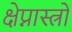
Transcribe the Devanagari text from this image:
क्षेप्नास्त्रों